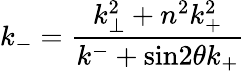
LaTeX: k_{-}=\frac{k_{\bot}^{2}+n^{2}k_{+}^{2}}{k^{-}+\mathrm{sin}2{\theta}k_{+}}